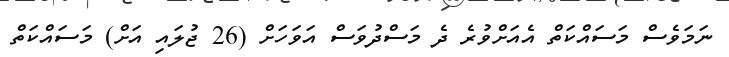
ނަމަވެސް މަސައްކަތް އެއަށްވުރެ ދެ މަސްދުވަސް އަވަހަށް (26 ޖުލައި އަށް) މަސައްކަތް